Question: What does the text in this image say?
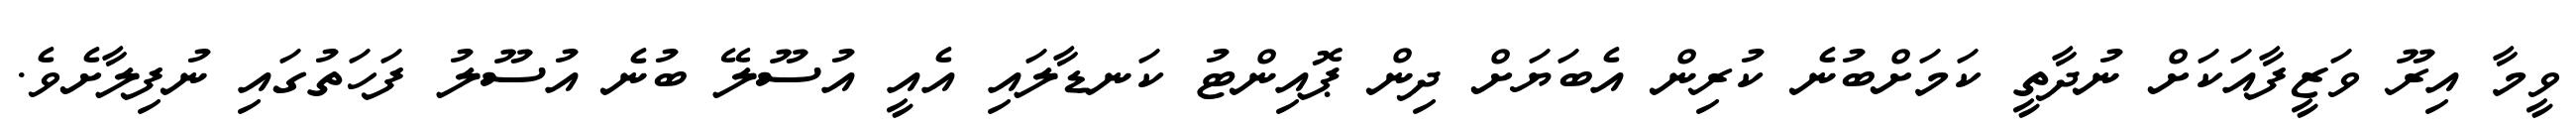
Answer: ވީމާ އިރޫ ވަޒީފާއަކަށް ނުދާތީ ކަމަށްބުނެ ކުރިން އެބަޔަށް ދިން ޕޮއިންޓު ކަނޑާލައި އެއީ އުސޫލޭ ބުނެ އުސޫލު ފަހަތުގައި ނުފިލާށެވެ.